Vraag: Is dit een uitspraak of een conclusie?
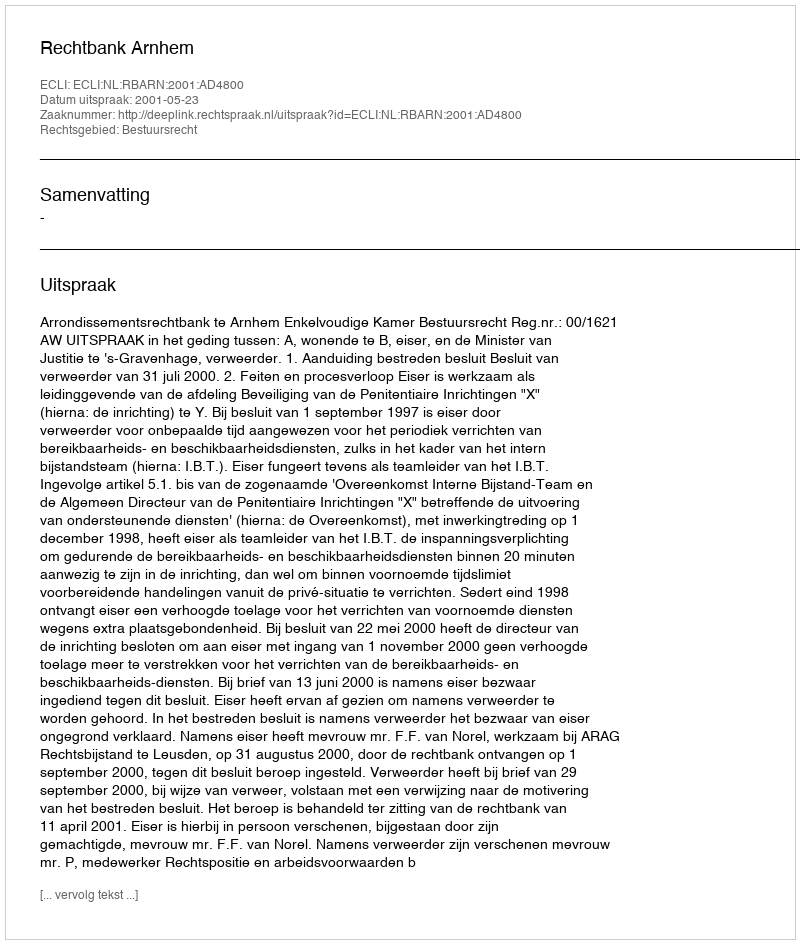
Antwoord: Uitspraak